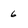
Character: 6